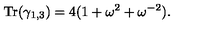
{ \mathrm { T r } } ( \gamma _ { 1 , 3 } ) = 4 ( 1 + \omega ^ { 2 } + \omega ^ { - 2 } ) .